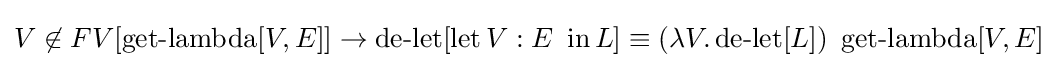
V\not \in FV[\operatorname {get-lambda} [V,E]]\to \operatorname {de-let} [\operatorname {let} V:E\ \operatorname {in} L]\equiv (\lambda V.\operatorname {de-let} [L])\ \operatorname {get-lambda} [V,E]